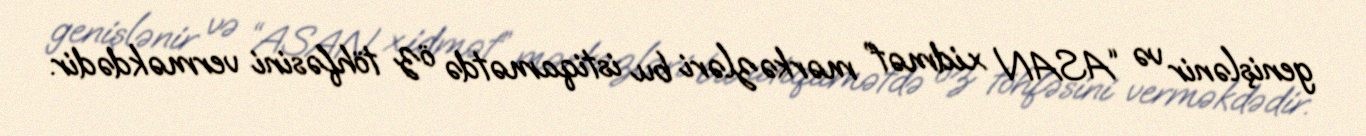
genişlənir və “ASAN xidmət” mərkəzləri bu istiqamətdə öz töhfəsini verməkdədir.